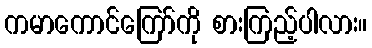
ကမာကောင်ကြော်ကို စားကြည့်ပါလား။